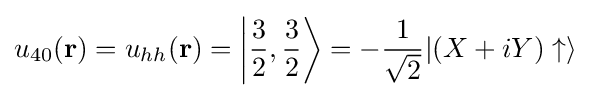
u_{40}(\mathbf {r} )=u_{hh}(\mathbf {r} )=\left|{\frac {3}{2}},{\frac {3}{2}}\right\rangle =-{\frac {1}{\sqrt {2}}}|(X+iY)\uparrow \rangle